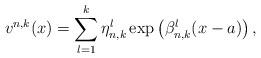
LaTeX: \begin{align*}v^{n,k}(x)=\sum_{l=1}^{k}\eta_{n,k}^{l}\exp\left(\beta_{n,k}^{l}(x-a)\right),\end{align*}